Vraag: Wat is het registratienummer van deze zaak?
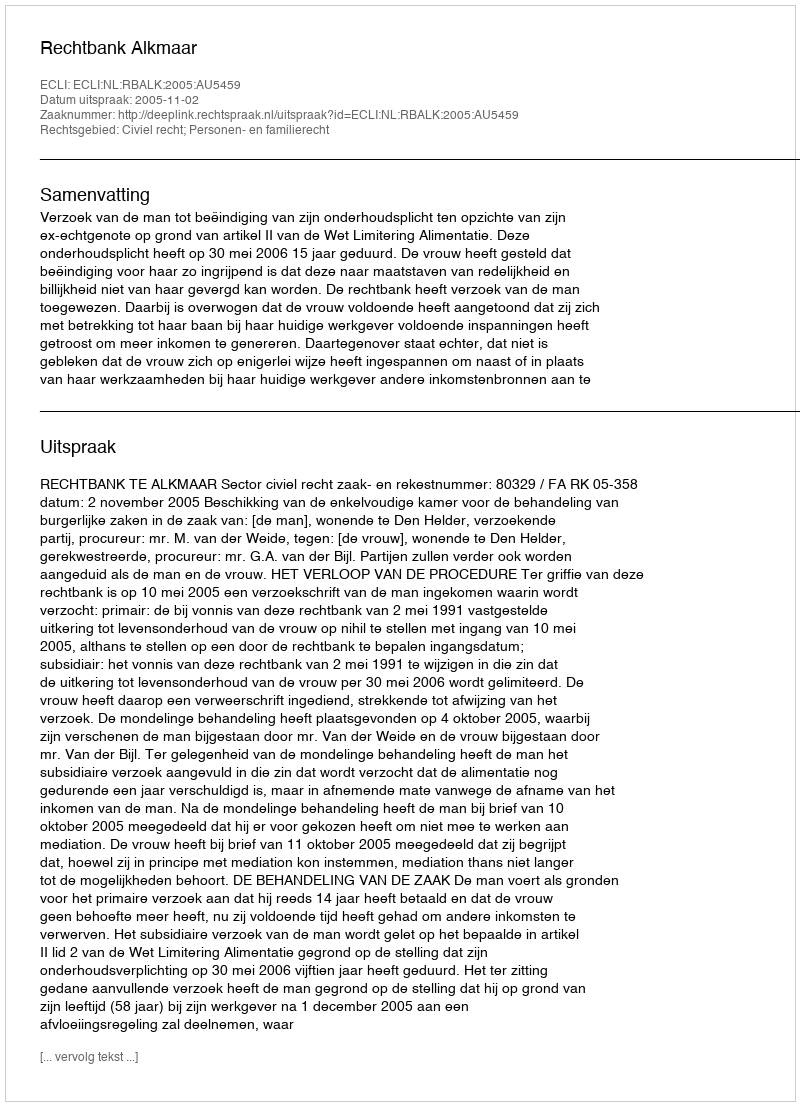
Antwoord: http://deeplink.rechtspraak.nl/uitspraak?id=ECLI:NL:RBALK:2005:AU5459